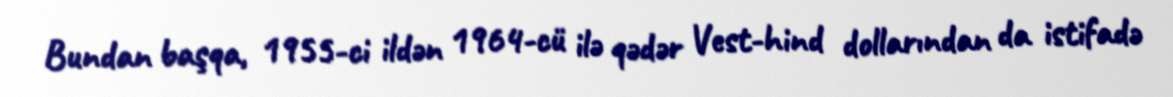
Bundan başqa, 1955-ci ildən 1964-cü ilə qədər Vest-hind dollarından da istifadə